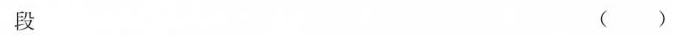
段 ()